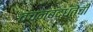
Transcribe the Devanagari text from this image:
वचनबद्धतेची